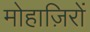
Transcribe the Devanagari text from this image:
मोहाज़िरों